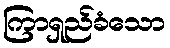
ကြာရှည်ခံသော